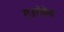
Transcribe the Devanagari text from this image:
एउरोपेय